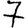
Digit: 7